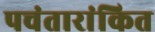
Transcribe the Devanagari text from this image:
पचंतारांकित